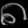
Digit: ၈